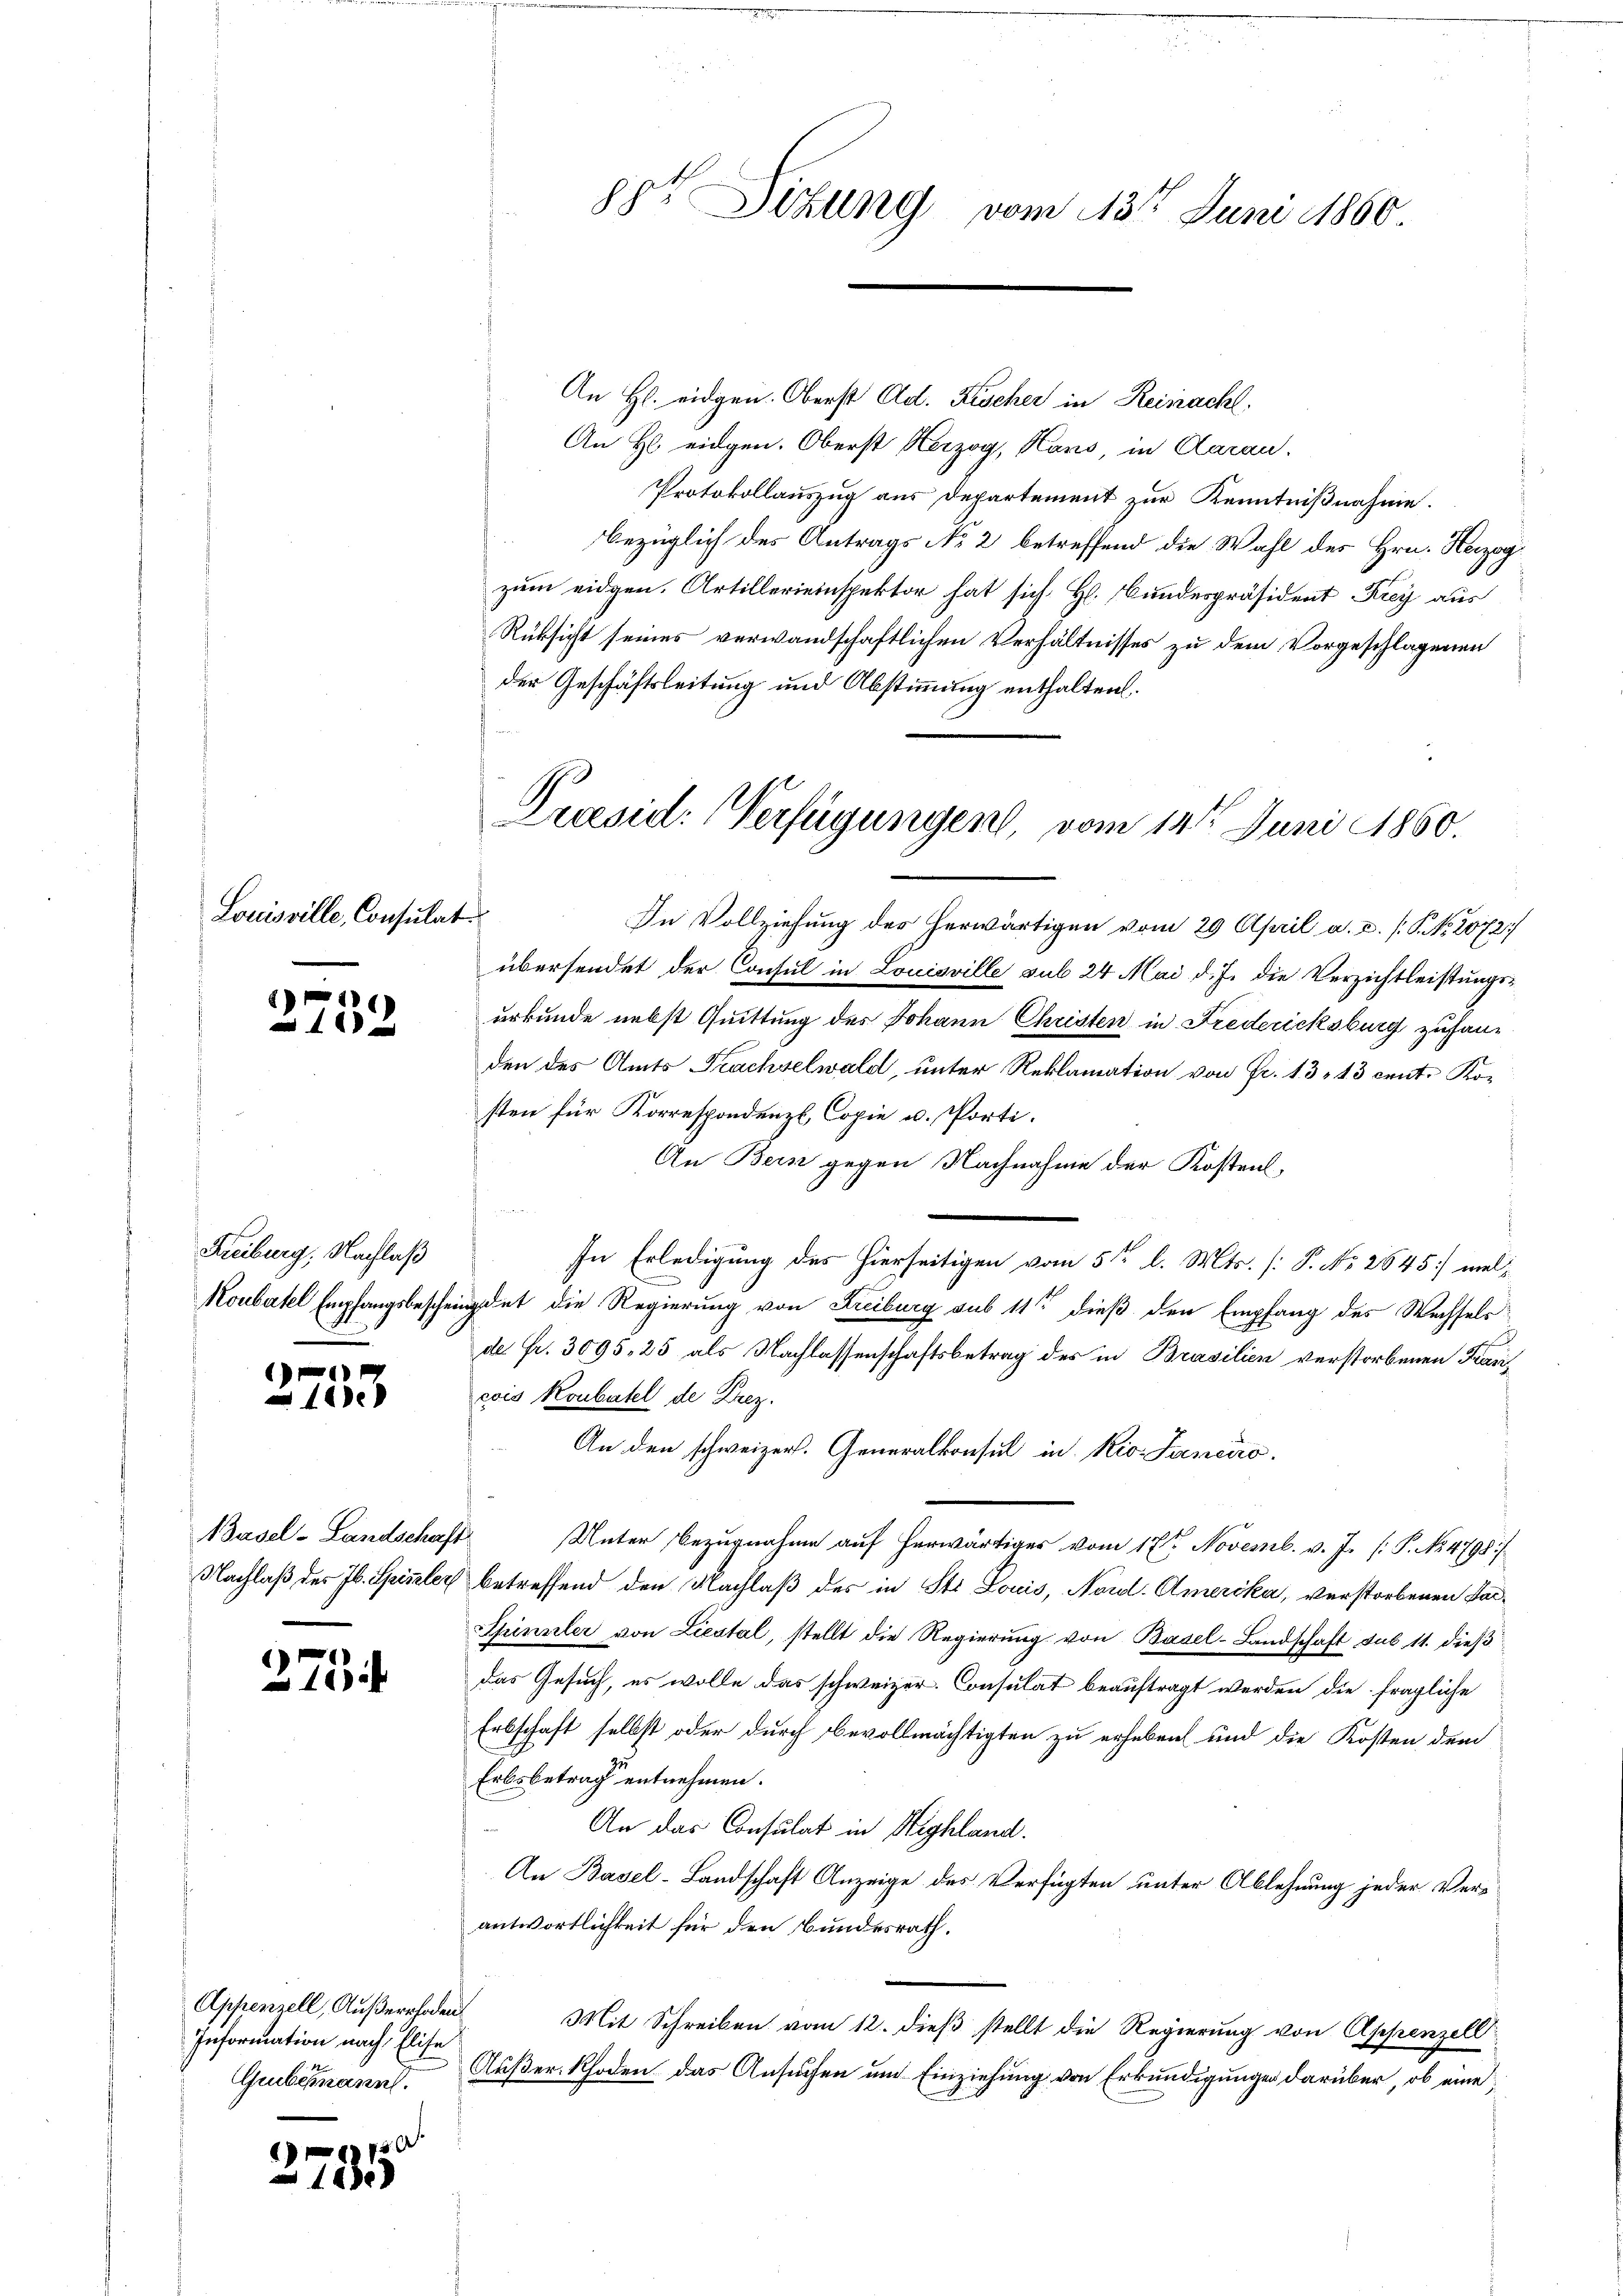
Louisville, Consulat

8

Freiburg, Nachlaß
Koubartel Empfangsbeschen

1
4

1)
1

3

Basel-Landschaft
Nachlaß des Jb. Spitzler

275

Appenzell, Außerrhoden
Information nach Elise
Grubelmann.

750
1800

88 Sizung vom 13ten Juni 1860

An H. eidgen. Oberst Ad. Kischer in Reinacht.
An H eidgen. Oberst Herzog, Hans, in Aarau
Protokollauszug aus Departement zur Kenntnißnahme.
bezüglich des Antrags No 2 betreffend die Wahl des Hrn. Herzog
zum eidgen. Artillerieinspektor hat sich H. Bundespräsident Frey aus
Rüksicht seines verwandschaftlichen Verhältnisses zu dem Vorgeschlagenen
der Geschäftsleitung und Abstimmung enthalten.
In Vollziehung der herwärtigen vom 29 April a. a. P. Nr. 2072
übersendet der Consul in Louisville sub 24 Mai d. J. die Verzichtleistungsurkunde nebst Quittung des Johann Christen in Fredericksburg zufanden des Amts Frachselwald, unter Reklamation von Fr. 13, 13 cent. Ko-
sten für Korrespondenzl, Copie u. Porti.
An Bern gegen Nachnahme der Kostens,

In Erledigung des hierseitigen vom 5ten l. Mts. [P. Nr. 2645] melgdet die Regierung von Freiburg sub 11te dieß den Empfang des Wechsels
de Fr. 3095, 25 als Nachlassenschaftsbetrag des in Brasilien verstorbenen Francois Koubatel de Krez.
An den schweizer. Generalkonsul in Rio. Janeiro
Unter Bezugnahme auf herwärtiges vom 17ten Novemb. v. J. (: P. No 4798/
betreffend den Nachlaß des in St. Louis, Nordl. Amerika, verstorbenen Sac¬
Spinsler von Liestal, stellt die Regierŭng von Basel-Landschaft sub 11. dies
das Gesuch, es wolle das schweizer. Consulat beauftragt werden die fragliche
Erbschaft selbst oder durch bevollmächtigten zu erheben und die Kosten dem
Erbsbetrag entnehmen.
An das Consulat in Highland.
An Basel-Landschaft Anzeige des Verfügten unter Ablehnung jeder Verantwortlichkeit für den Bundesrath.
Mit Schreiben vom 12. dieß stellt die Regierung von Appenzell
Außer-Rhoden das Ansuchen und Einziehung von Erkundigungen darüber, ob eine

Praesid: Verfügungen, vom 14ten Juni 1860